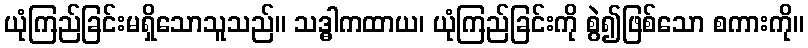
ယုံကြည်ခြင်းမရှိသောသူသည်။ သဒ္ဓါကထာယ၊ ယုံကြည်ခြင်းကို စွဲ၍ဖြစ်သော စကားကို။